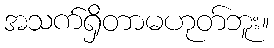
အသက်ရှိတာမဟုတ်ဘူး။